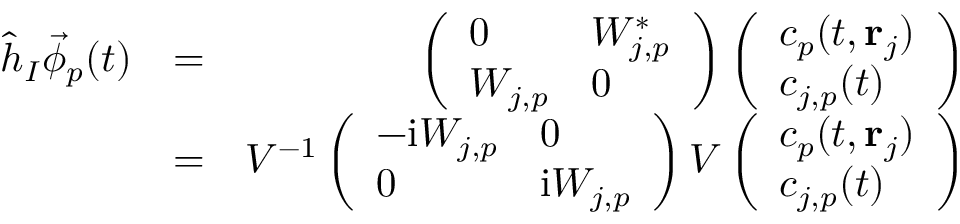
\begin{array} { r l r } { \hat { h } _ { I } \vec { \phi } _ { p } ( t ) } & { = } & { \left( \begin{array} { l l } { 0 } & { W _ { j , p } ^ { * } } \\ { W _ { j , p } } & { 0 } \end{array} \right) \left( \begin{array} { l } { c _ { p } ( t , { \bf r } _ { j } ) } \\ { c _ { j , p } ( t ) } \end{array} \right) } \\ & { = } & { V ^ { - 1 } \left( \begin{array} { l l } { - \mathrm { i } W _ { j , p } } & { 0 } \\ { 0 } & { \mathrm { i } W _ { j , p } } \end{array} \right) V \left( \begin{array} { l } { c _ { p } ( t , { \bf r } _ { j } ) } \\ { c _ { j , p } ( t ) } \end{array} \right) } \end{array}